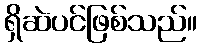
ရှိဆဲပင်ဖြစ်သည်။